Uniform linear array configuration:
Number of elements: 8
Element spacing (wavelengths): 0.75
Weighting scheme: exponential
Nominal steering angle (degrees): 0
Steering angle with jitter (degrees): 1.268
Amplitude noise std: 0.05
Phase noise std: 0.05

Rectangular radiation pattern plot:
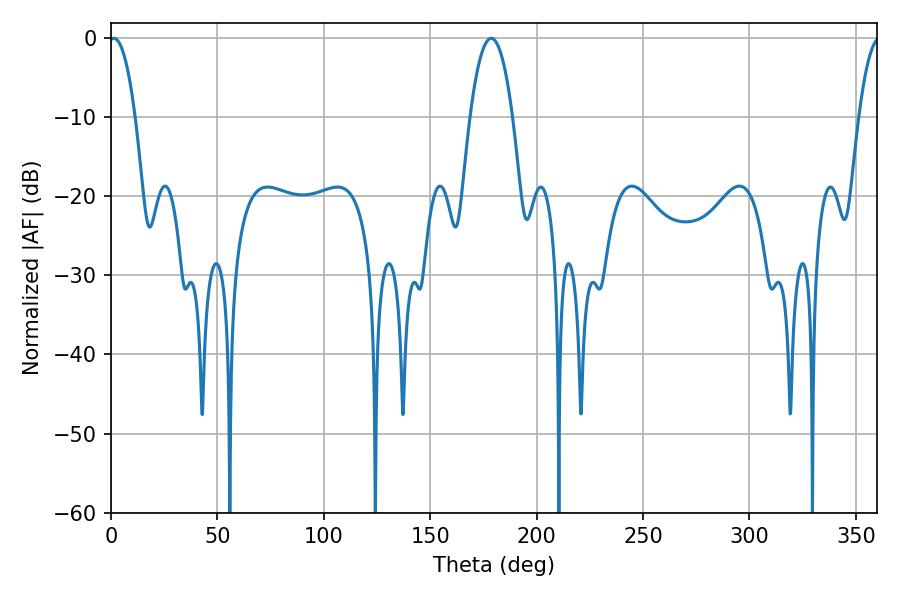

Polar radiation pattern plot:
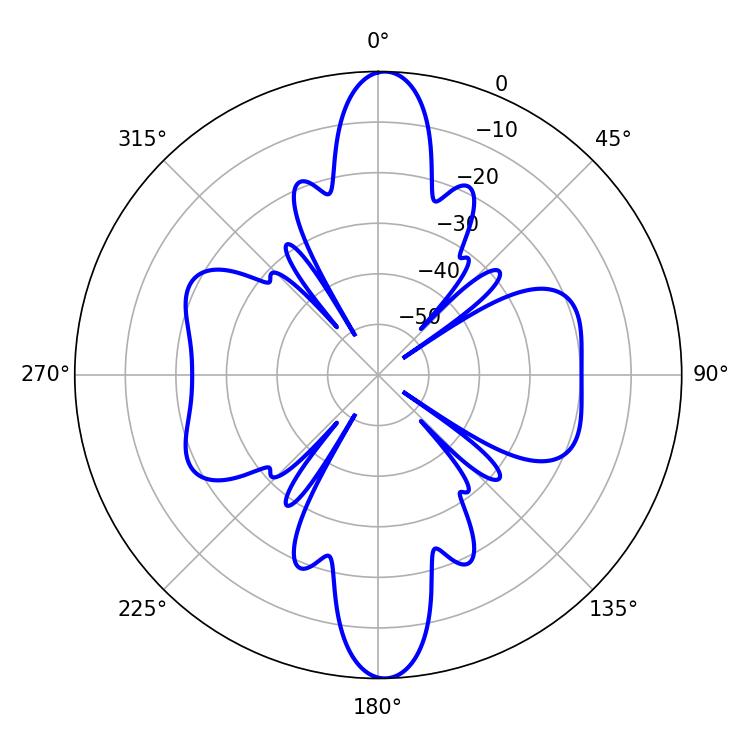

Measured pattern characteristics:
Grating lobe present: TRUE
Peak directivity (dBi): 22.654
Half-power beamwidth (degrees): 6.84
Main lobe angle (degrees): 1.26